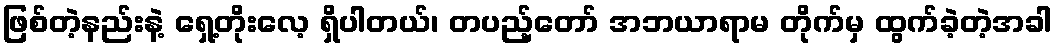
ဖြစ်တဲ့နည်းနဲ့ ရှေ့တိုးလေ့ ရှိပါတယ်၊ တပည့်တော် အဘယာရာမ တိုက်မှ ထွက်ခဲ့တဲ့အခါ